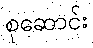
စုဆောင်း